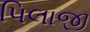
પિલાજી